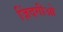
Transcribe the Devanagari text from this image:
ज़िंदगीओ